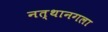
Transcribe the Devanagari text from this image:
नत्थानगला